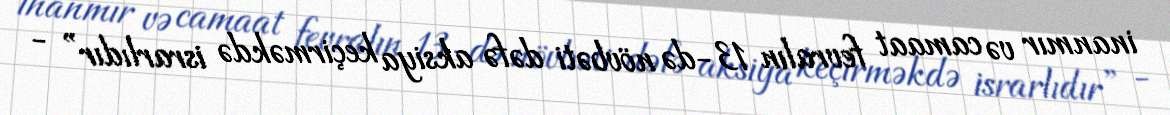
inanmır və camaat fevralın 13-də növbəti dəfə aksiya keçirməkdə israrlıdır” -